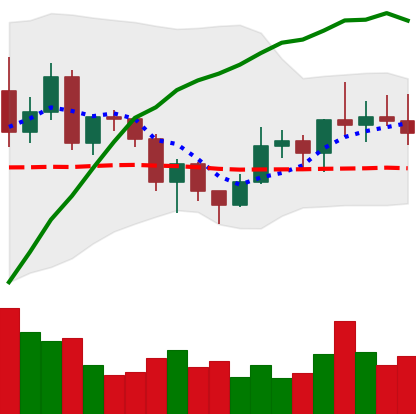
Ticker: NEO-USD
Chart end date: 2020-12-20
Forward return: -13.691%
Label: down_7plus